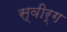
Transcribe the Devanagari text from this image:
स्वीर्ग